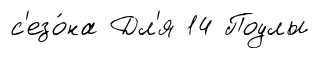
с'езо́на Дл'я 14 Поулы